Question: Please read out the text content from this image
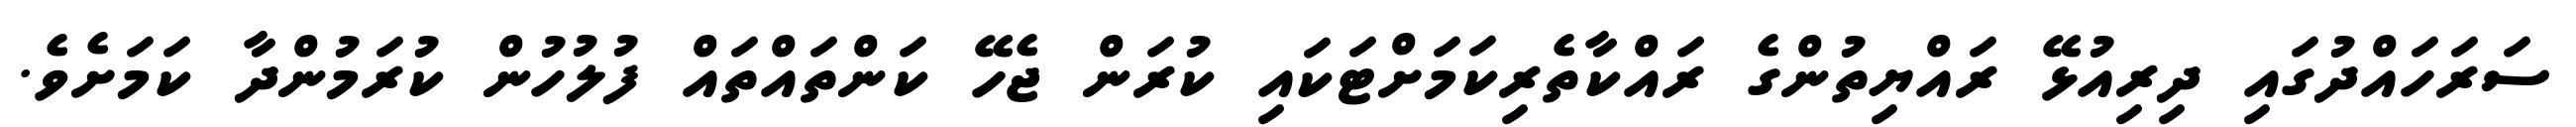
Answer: ސަރަހައްދުގައި ދިރިއުޅޭ ރައްޔިތުންގެ ރައްކާތެރިކަމަށްޓަކައި ކުރަން ޖެހޭ ކަންތައްތައް ފުލުހުން ކުރަމުންދާ ކަމަށެވެ.